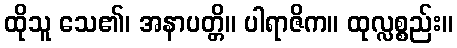
ထိုသူ သေ၏၊ အနာပတ္တိ။ ပါရာဇိက။ ထုလ္လစ္စည်း။